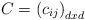
\begin{align*}C={(c_{ij})}_{dxd}\end{align*}